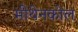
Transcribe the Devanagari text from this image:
मीथेनकोल